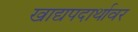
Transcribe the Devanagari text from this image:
खाद्यपदार्थावर